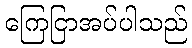
ကြေငြာအပ်ပါသည်